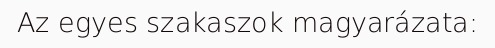
Az egyes szakaszok magyarázata: